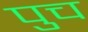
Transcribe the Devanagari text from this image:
पुच